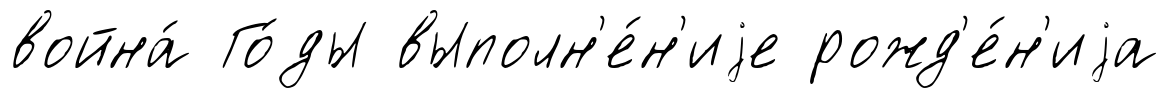
война́ Го́ды выполн'е́н'иjе рожд'е́н'иjа